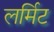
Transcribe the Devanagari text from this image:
लर्मिट